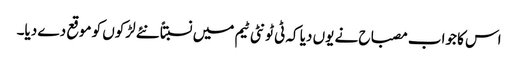
اس کا جواب مصباح نے یوں دیا کہ ٹی ٹونٹی ٹیم میں نسبتاً نئے لڑکوں کو موقع دے دیا۔